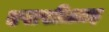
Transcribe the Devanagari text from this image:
एससीआइ